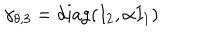
LaTeX: \gamma _ { \theta , 3 } = \mathrm { d i a g } ( I _ { 2 } , \alpha I _ { 1 } )